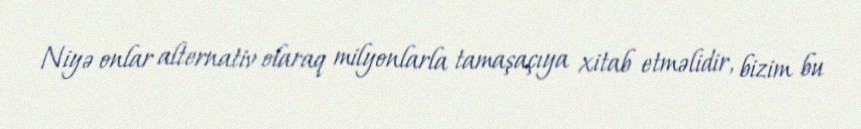
Niyə onlar alternativ olaraq milyonlarla tamaşaçıya xitab etməlidir, bizim bu